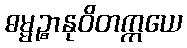
ဓမ္မဉ္စာနုဝိတက္ကယေ